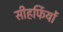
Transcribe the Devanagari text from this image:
सीहर्फियों